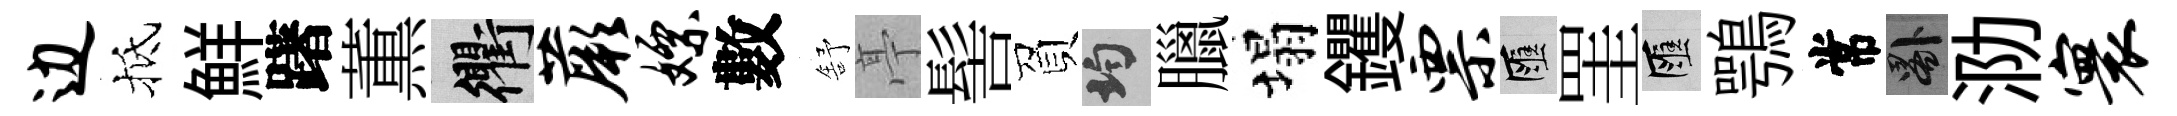
边抵鮮躇薫衢蕨嫖數舒亭髻負均臘塌钁票匯罣匯鶚常晷泐寰